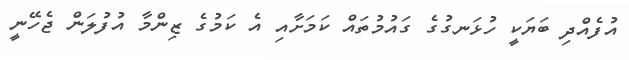
އުފެއްދި ބަޔަކީ ހުޅަނގުގެ ގައުމުތައް ކަމަށާއި އެ ކަމުގެ ޒިންމާ އުފުލަން ޖެހޭނީ